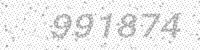
Solution: 991874